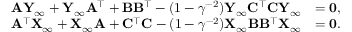
\begin{array} { r l } { \mathbf { A } \mathbf { Y } _ { \infty } + \mathbf { Y } _ { \infty } \mathbf { A } ^ { \top } + \mathbf { B } \mathbf { B } ^ { \top } - ( 1 - \gamma ^ { - 2 } ) \mathbf { Y } _ { \infty } \mathbf { C } ^ { \top } \mathbf { C } \mathbf { Y } _ { \infty } } & { = \mathbf { 0 } , } \\ { \mathbf { A } ^ { \top } \mathbf { X } _ { \infty } + \mathbf { X } _ { \infty } \mathbf { A } + \mathbf { C } ^ { \top } \mathbf { C } - ( 1 - \gamma ^ { - 2 } ) \mathbf { X } _ { \infty } \mathbf { B } \mathbf { B } ^ { \top } \mathbf { X } _ { \infty } } & { = \mathbf { 0 } . } \end{array}